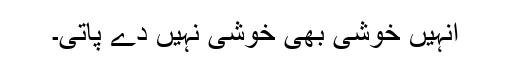
انہیں خوشی بھی خوشی نہیں دے پاتی۔